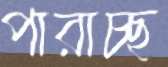
পারাচ্ছ